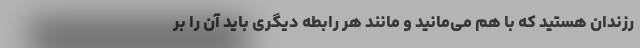
رزندان هستید که با هم می‌مانید و مانند هر رابطه دیگری باید آن را بر